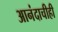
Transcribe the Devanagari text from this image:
आनंदाचीही